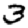
Digit: 3